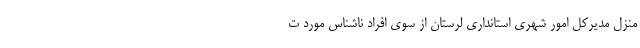
منزل مدیرکل امور شهری استانداری لرستان از سوی افراد ناشناس مورد ت